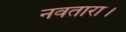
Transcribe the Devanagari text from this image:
नवतारा।